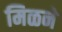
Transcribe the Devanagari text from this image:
मिळने